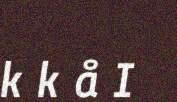
k k å I